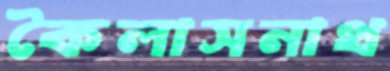
কৈলাসনাথ